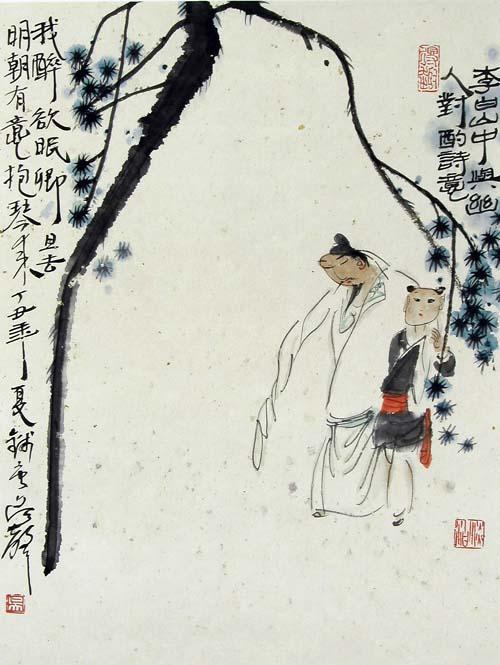
两人对酌山花开，一杯一杯复一杯。